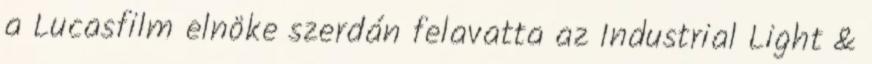
a Lucasfilm elnöke szerdán felavatta az Industrial Light &